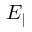
E _ { \parallel }